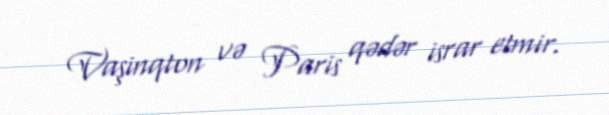
Vaşinqton və Paris qədər israr etmir.